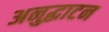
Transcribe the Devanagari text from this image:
अनुद्घाटन